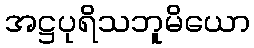
အဋ္ဌပုရိသဘူမိယော